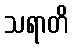
သရာတိ